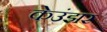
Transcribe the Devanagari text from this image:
केउंझर